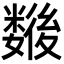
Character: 𢖖